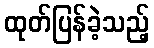
ထုတ်ပြန်ခဲ့သည့်